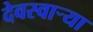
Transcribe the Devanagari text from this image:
देवस्वार्‍या